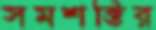
সমশক্তির